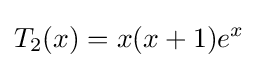
T_{2}(x)=x(x+1)e^{x}